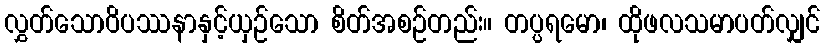
လွှတ်သောဝိပဿနာနှင့်ယှဉ်သော စိတ်အစဉ်တည်း။ တပ္ပရမော၊ ထိုဖလသမာပတ်လျှင်